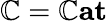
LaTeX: \mathbb{C}=\mathbf{{\mathbb{C}at}}